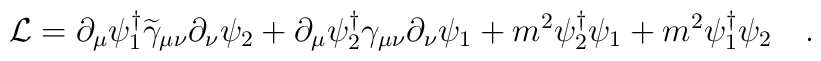
{\cal L} = \partial_\mu \psi_1^\dagger \widetilde \gamma_{\mu\nu}\partial_\nu \psi_2+\partial_\mu \psi_2^\dagger \gamma_{\mu\nu}\partial_\nu \psi_1 + m^2  \psi_2^\dagger \psi_1+ m^2 \psi_1^\dagger \psi_2 \quad.